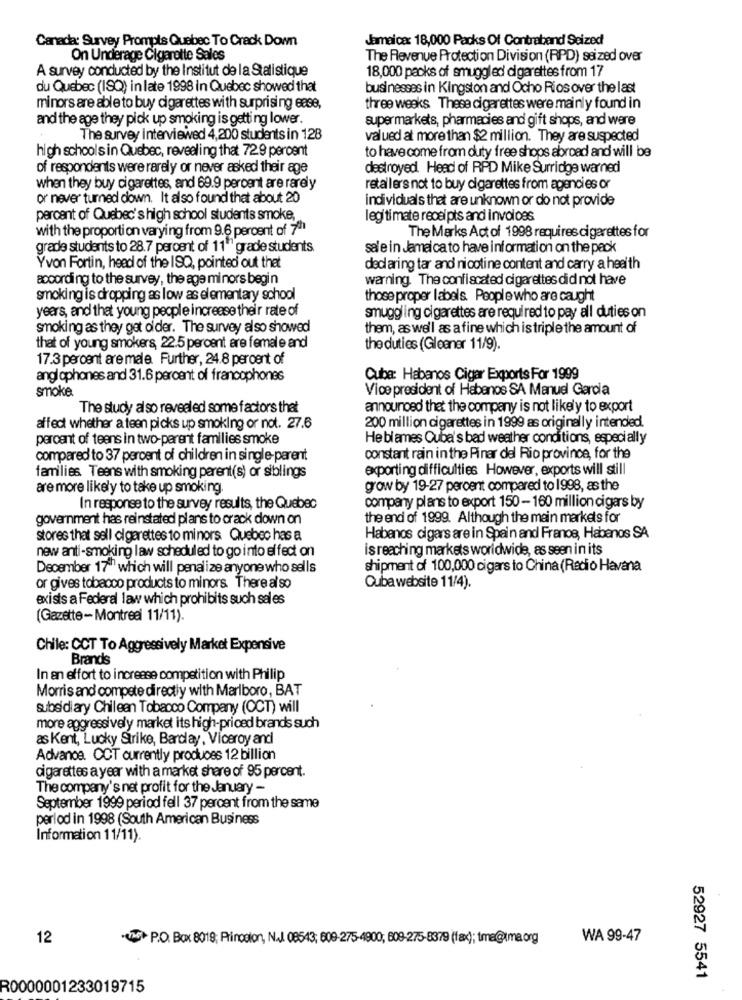
Canada: Survey Prompts Quebec To Crack Down
Jamaicax: 18,000 Packs Of Contraband Seized
On Underage Cigarette Sales
The Revenue Protection Division (RPD) seized over
A survey conducted by the Institut de la Statistique
18,000 packs of smuggled cigarettes from 17
du Quebec (ISQ) in late 1998 in Quebec showed that
businesses in Kingston and Ocho Rios over the last
minors are able to buy cigarettes with surprising ease,
three weeks These cigarettes were mainly found in
and the age they pick up smoking is getting lower.
supermarkets, pharmacies and gift shops, and were
The survey interviewed 4,200 students in 128
valued at more than $2 million. They are suspected
high schools in Quebec, revealing that 729 percent
to have come from duty free shops abroad and will be
of respondents were rarely or never asked their age
destroyed. Head of RPD Mike Surridge warned
when they buy cigarettes, and 69.9 percent are rarely
retailers not to buy cigarettes from agencies or
or never turned down. It also found that about 20
individuals that are unknown or do not provide
percent of Quebec's high school students smoke,
legitimate receipts and involoes
with the proportion varying from 9.6 percent of 711
The Marks Act of 1998 requires cigarettes for
grade students to 28.7 percent of 11"" grade students
sale in Jamaica to have information on the pack
Yvon Fortin, head of the ISQ, pointed out that
declaring tar and nicotine content and carry a health
according to the survey, the age minors begin
warning. The confiscated cigarettes did not have
smoking is dropping as low as elementary school
those proper labels. People who are caught
years, and that young people increase their rate of
smuggling cigarettes are required to pay all duties on
smoking as they get older. The survey also showed
them, as well as a fine which is triple the amount of
that of young smokers, 22.5 percent are female and
the duties (Gleaner 11/9).
17.3 percent are male. Further, 24.8 percent of
anglophones and 31.6 percent of francophones
Cuba: Habanos Cigar Exports For 1999
smoke
Vice president of Habenos SA Manuel Garcia
The study also revealed some factors that
announced thet the company is not likely to export
affect whether a teen picks up smoking or not. 27.6
200 million cigarettes in 1999 as originally intended.
percent of teens in two-parent families smoke
He blames Cuba's bad weather conditions, especially
compared to 37 percent of children in single-parent
constant rain in the Pinar del Rio province, for the
exporting difficulties However, exports will still
families Teens with smoking parent(s) or siblings
are more likely to take up smoking
grow by 19-27 percent compared to 1998, as the
In response to the survey results, the Quebec
company plans to export 150-160 million cigars by
government has reinstated plans to crack down on
the end of 1999. Although the main markets for
stores that sell cigarettes to minors Quebec has a
Habenos cigars are in Spain and France, Habanos SA
new anti-smoking law scheduled to go into effect on
is reaching markets worldwide, as seen in its
December 17"" which will penalize anyone who sells
shipment of 100,000 cigars to China (Radio Havana
or gives tobacco products to minors. There al so
Cuba website 11/4).
exists a Federal law which prohibits such sales
(Gazette-Montreal 11/11).
Chile: CCT To Aggressively Market Expensive
Brands
In an effort to increase competition with Philip
Morris and compete directly with Marlboro, BAT
subsidiary Chileen Tobacco Company (OCT) will
more aggressively market its high-priced brands such
as Kent, Lucky Strike, Barday, Viceroy and
Advance. OCT currently produces 12 billion
cigarettes a year with a market share of 95 percent.
The company's net profit for the January -
September 1999 period fell 37 percent from the same
period in 1998 (South American Business
Information 11/11).
12
-16 P.O. Box 8019; Princcion, N.J. 08543; 609-275-4900; 609-275-8379 (fax); tma@tma.org
WA 99-47
52927 5541
R0000001233019715